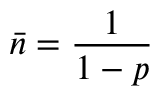
\bar { n } = \frac { 1 } { 1 - p }